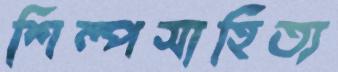
শিল্পসাহিত্য